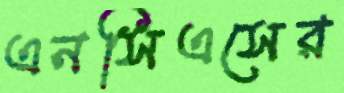
এনসিএসের